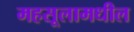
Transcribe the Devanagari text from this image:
महसूलामधील